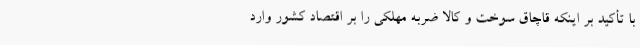
با تأکید بر اینکه قاچاق سوخت و کالا ضربه مهلکی را بر اقتصاد کشور وارد